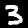
Digit: 3